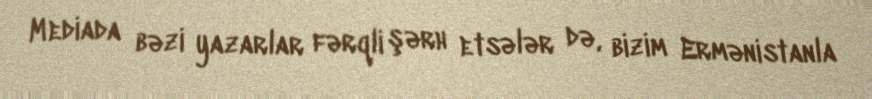
Mediada bəzi yazarlar fərqli şərh etsələr də, bizim Ermənistanla